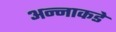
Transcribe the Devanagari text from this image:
अन्नाकडे